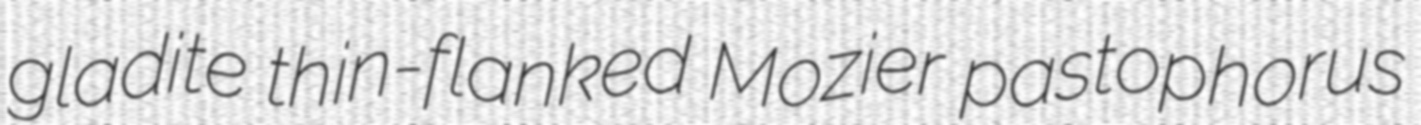
gladite thin-flanked Mozier pastophorus